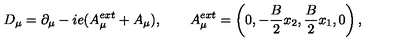
D _ { \mu } = \partial _ { \mu } - i e ( A _ { \mu } ^ { e x t } + A _ { \mu } ) , \qquad A _ { \mu } ^ { e x t } = \left( 0 , - \frac { B } { 2 } x _ { 2 } , \frac { B } { 2 } x _ { 1 } , 0 \right) ,